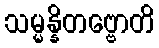
သမ္မန္နိတဗ္ဗောတိ